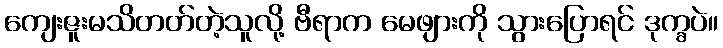
ကျေးဇူးမသိတတ်တဲ့သူလို့ ဗီရာက မေဖျားကို သွားပြောရင် ဒုက္ခပဲ။